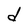
Character: d